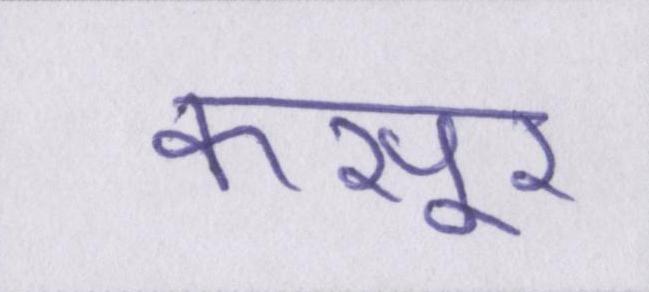
कसूर